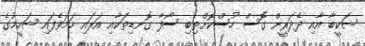
ޝަކީބާ އާއި ދެދަރީން ގޮސް ހުސްކޮށްތިބި ސޯފާ ގޮނޑިތަކާއި އަރައި ހަމަވެފައި ޝަހީމުގެ